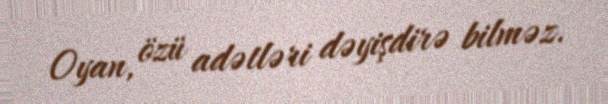
Oyan, özü adətləri dəyişdirə bilməz.